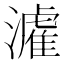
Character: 𤀶